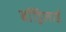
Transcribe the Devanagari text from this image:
बॉड्रिलार्ड